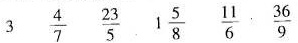
3 \frac{4}{7} \frac{23}{5} 1 \frac{5}{8} \frac{11}{6} \frac{36}{9}